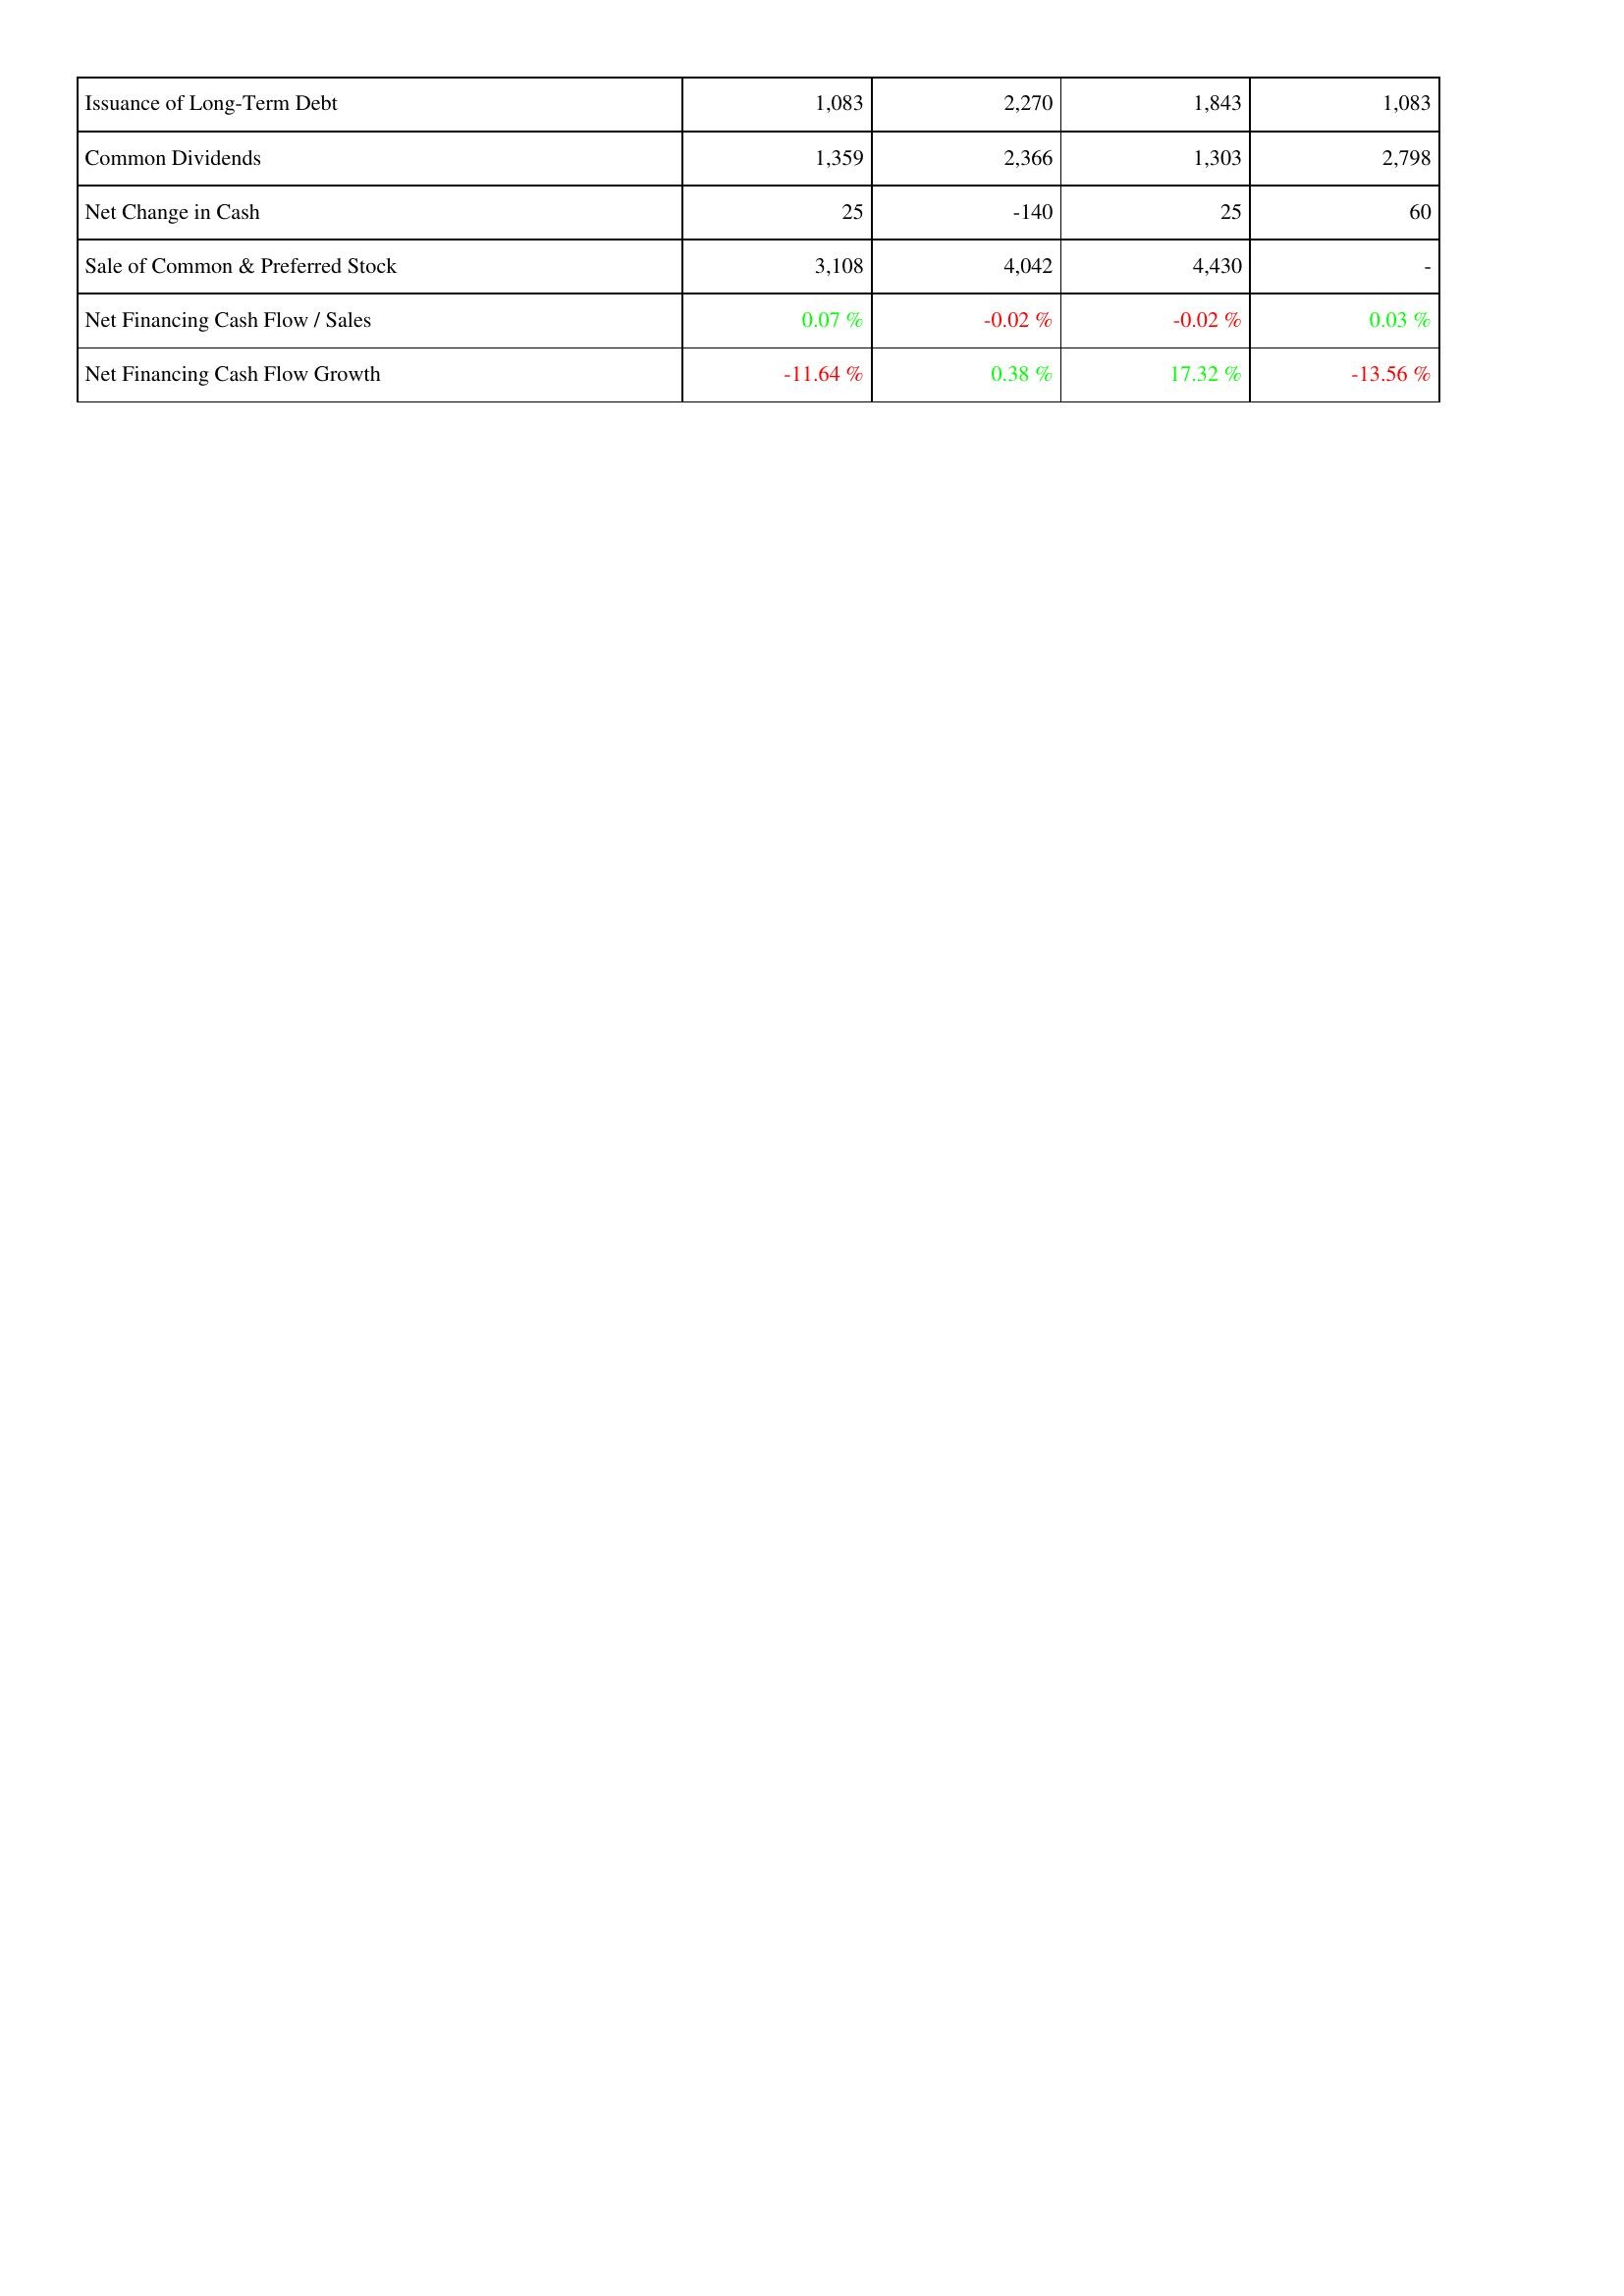
2012: Financing Activities: Issuance of Long-Term Debt: 1,083
Common Dividends: 1,359
Net Change in Cash: 25
Sale of Common & Preferred Stock: 3,108
Net Financing Cash Flow / Sales: 0.07 %
Net Financing Cash Flow Growth: -11.64 %
2013: Financing Activities: Issuance of Long-Term Debt: 2,270
Common Dividends: 2,366
Net Change in Cash: -140
Sale of Common & Preferred Stock: 4,042
Net Financing Cash Flow / Sales: -0.02 %
Net Financing Cash Flow Growth: 0.38 %
2014: Financing Activities: Issuance of Long-Term Debt: 1,843
Common Dividends: 1,303
Net Change in Cash: 25
Sale of Common & Preferred Stock: 4,430
Net Financing Cash Flow / Sales: -0.02 %
Net Financing Cash Flow Growth: 17.32 %
2015: Financing Activities: Issuance of Long-Term Debt: 1,083
Common Dividends: 2,798
Net Change in Cash: 60
Sale of Common & Preferred Stock: -
Net Financing Cash Flow / Sales: 0.03 %
Net Financing Cash Flow Growth: -13.56 %